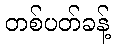
တစ်ပတ်ခန့်